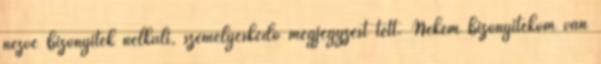
nézve bizonyíték nélküli, személyeskedő megjegyzést tett. Nekem bizonyítékom van